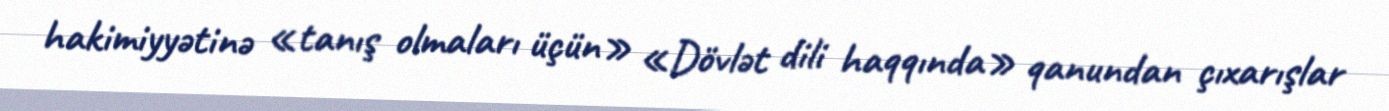
hakimiyyətinə «tanış olmaları üçün» «Dövlət dili haqqında» qanundan çıxarışlar